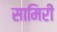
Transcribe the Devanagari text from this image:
सामिरी